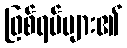
ဖြစ်ရပ်များ၏